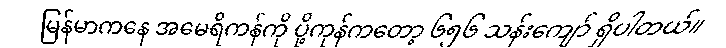
မြန်မာကနေ အမေရိကန်ကို ပို့ကုန်ကတော့ ၆၅၆ သန်းကျော် ရှိပါတယ်။